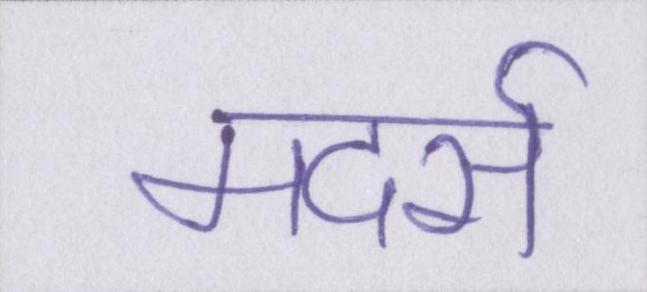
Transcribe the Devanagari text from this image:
मदर्स